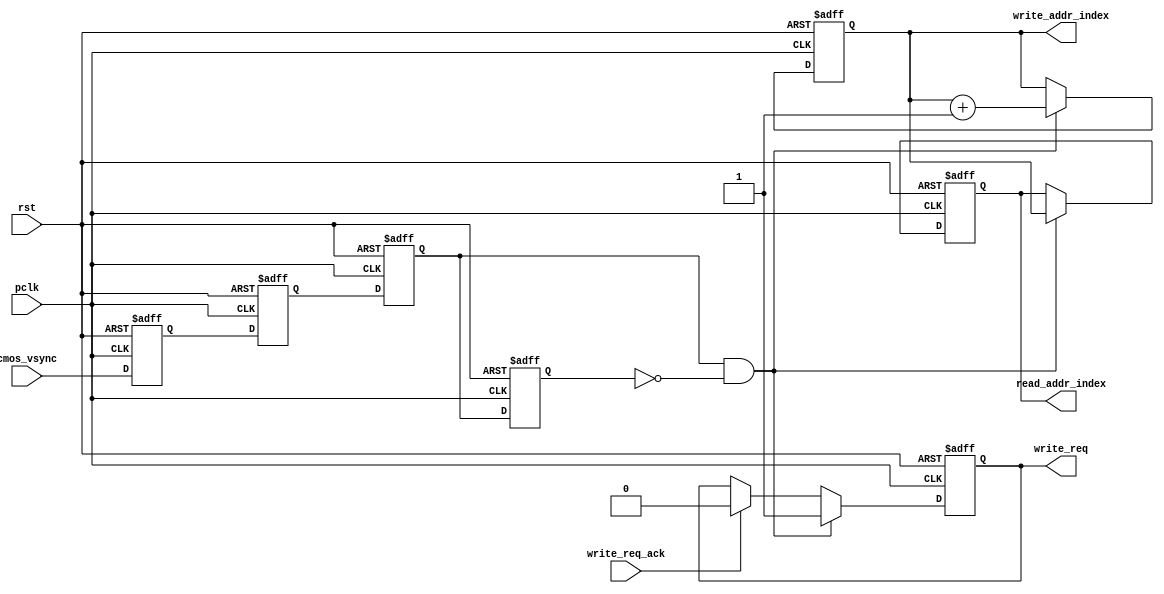
// This program was cloned from: https://github.com/Manistein/let-us-build-a-computer-system
// License: MIT License

//////////////////////////////////////////////////////////////////////////////////
//                                                                              //
//                                                                              //
//          msq@qq.com                                                          //
//          ALINX(shanghai) Technology Co.,Ltd                                  //
//          heijin                                                              //
//     WEB: http://www.alinx.cn/                                                //
//     BBS: http://www.heijin.org/                                              //
//                                                                              //
//////////////////////////////////////////////////////////////////////////////////
//                                                                              //
// Copyright (c) 2017,ALINX(shanghai) Technology Co.,Ltd                        //
//                    All rights reserved                                       //
//                                                                              //
// This source file may be used and distributed without restriction provided    //
// that this copyright statement is not removed from the file and that any      //
// derivative work contains the original copyright notice and the associated    //
// disclaimer.                                                                  //
//                                                                              //
//////////////////////////////////////////////////////////////////////////////////

//================================================================================
//  Revision History:
//  Date          By            Revision    Change Description
//--------------------------------------------------------------------------------
//  2017/7/19     meisq          1.0         Original
//*******************************************************************************/

module cmos_write_req_gen(
	input              rst,
	input              pclk,
	input              cmos_vsync,
	output reg         write_req,
	output reg[1:0]    write_addr_index,
	output reg[1:0]    read_addr_index,
	input              write_req_ack
);
reg cmos_vsync_d0;
reg cmos_vsync_d1;
reg cmos_vsync_d2;
reg cmos_vsync_d3;
always@(posedge pclk or posedge rst)
begin
	if(rst == 1'b1)
	begin
		cmos_vsync_d0 <= 1'b0;
		cmos_vsync_d1 <= 1'b0;
		cmos_vsync_d2 <= 1'b0;
		cmos_vsync_d3 <= 1'b0;		
	end
	else
	begin
		cmos_vsync_d0 <= cmos_vsync;
		cmos_vsync_d1 <= cmos_vsync_d0;
		cmos_vsync_d2 <= cmos_vsync_d1;
		cmos_vsync_d3 <= cmos_vsync_d2;
	end
end
always@(posedge pclk or posedge rst)
begin
	if(rst == 1'b1)
		write_req <= 1'b0;
	else if(cmos_vsync_d2 == 1'b1 && cmos_vsync_d3 == 1'b0)
		write_req <= 1'b1;
	else if(write_req_ack == 1'b1)
		write_req <= 1'b0;
end
always@(posedge pclk or posedge rst)
begin
	if(rst == 1'b1)
		write_addr_index <= 2'b0;
	else if(cmos_vsync_d2 == 1'b1 && cmos_vsync_d3 == 1'b0)
		write_addr_index <= write_addr_index + 2'd1;
end

always@(posedge pclk or posedge rst)
begin
	if(rst == 1'b1)
		read_addr_index <= 2'b0;
	else if(cmos_vsync_d2 == 1'b1 && cmos_vsync_d3 == 1'b0)
		read_addr_index <= write_addr_index;
end
endmodule